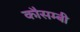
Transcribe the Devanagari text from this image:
कौसम्बी